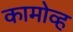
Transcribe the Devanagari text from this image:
कामोव्ह